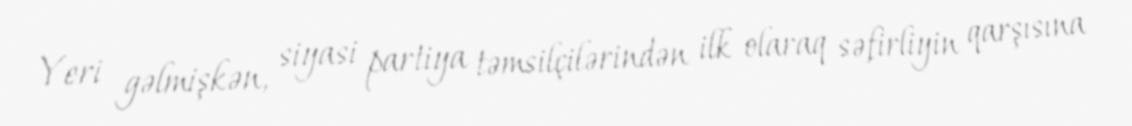
Yeri gəlmişkən, siyasi partiya təmsilçilərindən ilk olaraq səfirliyin qarşısına